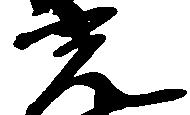
光